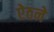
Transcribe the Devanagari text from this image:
ऐठने